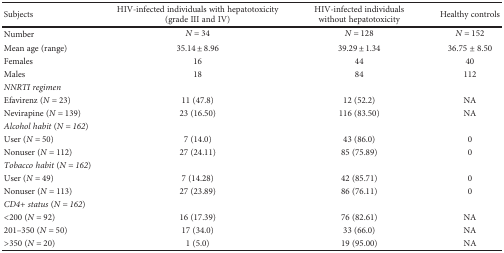
<table><thead><tr><td><b>Subjects</b></td><td><b>HIV-infected individuals with hepatotoxicity (grade III and IV)</b></td><td><b>HIV-infected individuals without hepatotoxicity</b></td><td><b>Healthy controls</b></td></tr></thead><tbody><tr><td>Number</td><td><i>N</i> = 34</td><td><i>N</i> = 128</td><td><i>N</i> = 152</td></tr><tr><td>Mean age (range)</td><td>35.14 ± 8.96</td><td>39.29 ± 1.34</td><td>36.75 ± 8.50</td></tr><tr><td>Females</td><td>16</td><td>44</td><td>40</td></tr><tr><td>Males</td><td>18</td><td>84</td><td>112</td></tr><tr><td colspan="4"><i>NNRTI regimen</i></td></tr><tr><td>Efavirenz (<i>N</i> = 23)</td><td>11 (47.8)</td><td>12 (52.2)</td><td>NA</td></tr><tr><td>Nevirapine (<i>N</i> = 139)</td><td>23 (16.50)</td><td>116 (83.50)</td><td>NA</td></tr><tr><td colspan="4"><i>Alcohol habit</i> (<i>N</i> = 162)</td></tr><tr><td>User (<i>N</i> = 50)</td><td>7 (14.0)</td><td>43 (86.0)</td><td>0</td></tr><tr><td>Nonuser (<i>N</i> = 112)</td><td>27 (24.11)</td><td>85 (75.89)</td><td>0</td></tr><tr><td colspan="4"><i>Tobacco habit</i> (<i>N</i> = 162)</td></tr><tr><td>User (<i>N</i> = 49)</td><td>7 (14.28)</td><td>42 (85.71)</td><td>0</td></tr><tr><td>Nonuser (<i>N</i> = 113)</td><td>27 (23.89)</td><td>86 (76.11)</td><td>0</td></tr><tr><td colspan="4"><i>CD4+ status</i> (<i>N</i> = 162)</td></tr><tr><td>&lt;200 (<i>N</i> = 92)</td><td>16 (17.39)</td><td>76 (82.61)</td><td>NA</td></tr><tr><td>201–350 (<i>N</i> = 50)</td><td>17 (34.0)</td><td>33 (66.0)</td><td>NA</td></tr><tr><td>&gt;350 (<i>N</i> = 20)</td><td>1 (5.0)</td><td>19 (95.00)</td><td>NA</td></tr></tbody></table>